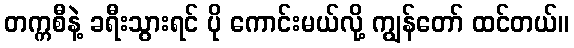
တက္ကစီနဲ့ ခရီးသွားရင် ပို ကောင်းမယ်လို့ ကျွန်တော် ထင်တယ်။